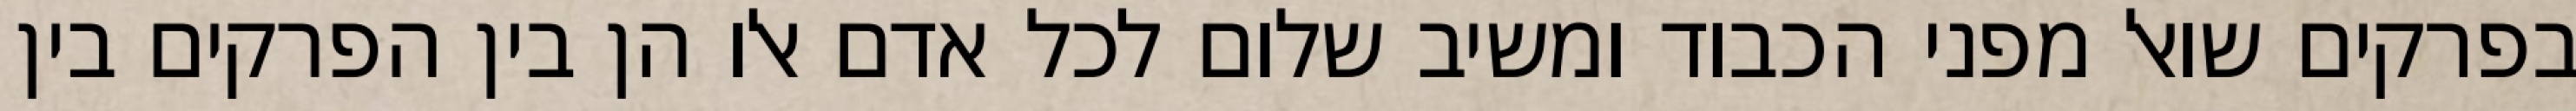
בפרקים שואל מפני הכבוד ומשיב שלום לכל אדם אלו הן בין הפרקים בין